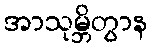
အာသုမ္ဘိတွာန